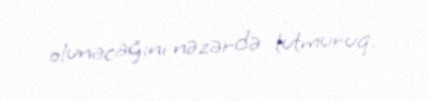
olunacağını nəzərdə tutmuruq.